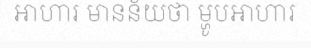
អាហារ មានន័យថា ម្ហូបអាហារ